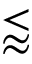
\lessapprox